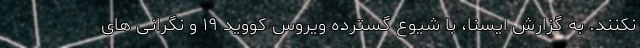
نکنند. به گزارش ایسنا، با شیوع گسترده ویروس کووید ۱۹ و نگرانی های